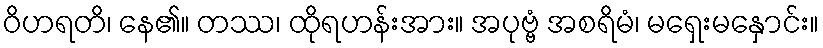
ဝိဟရတိ၊ နေ၏။ တဿ၊ ထိုရဟန်းအား။ အပုဗ္ဗံ အစရိမံ၊ မရှေးမနှောင်း။